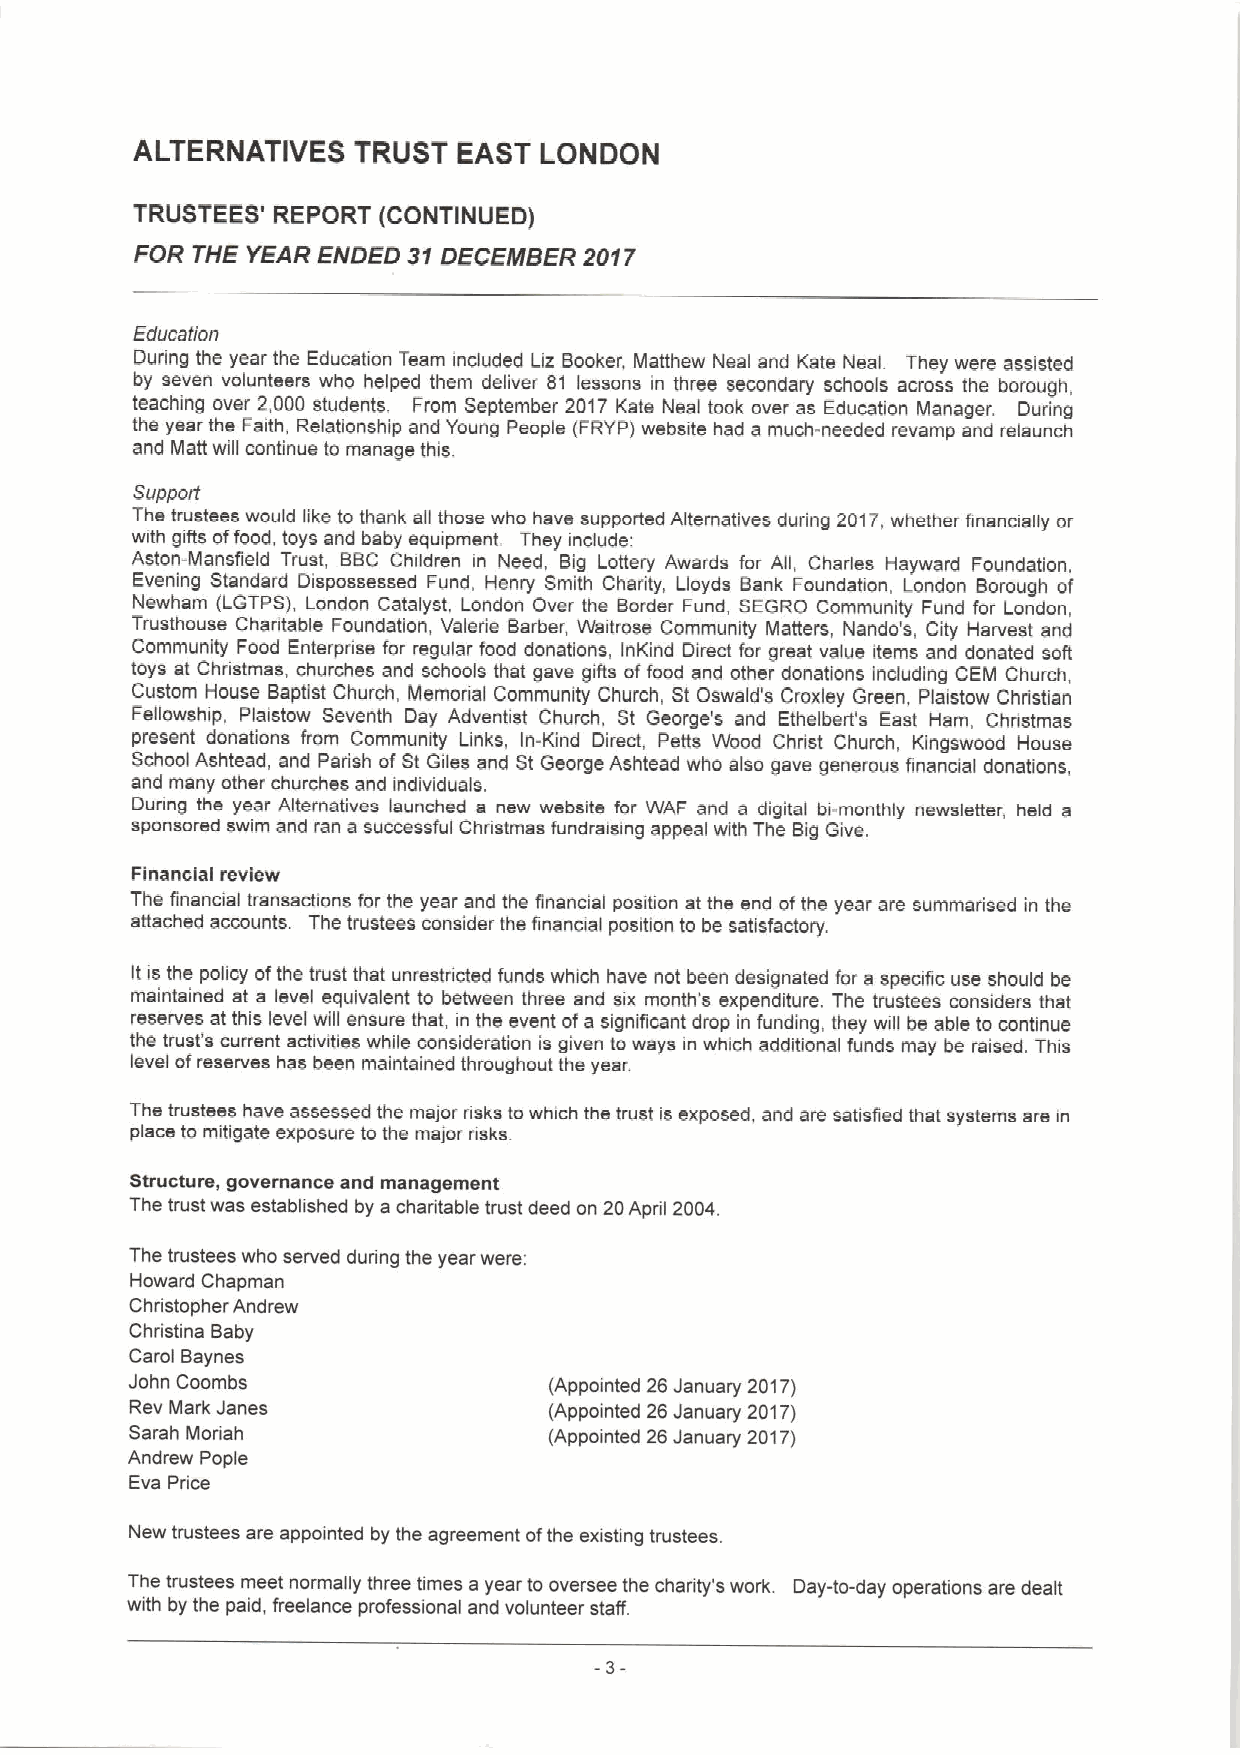
ALTERNATIVES  TRUST  EAST  LONDON
 TRUSTEES' REPORT (CONTINUED)
 FOR THE YEAR ENDED 31DECEIMBER 2017
 Education
 During the year the Education Team induded Liz Booker, Matthew Neal and Kate Neal. They were assisted
 by seven volunteers who helped them deliver 81 lessons in three secondary schools across the borough,
 teaching over 2,000 students, From September 2017 Kate Neal took over as Education Manager. During
 the year the Faith, Relationship and Young People (FRYP) website had a much-needed revamp and relaunch
 and Matt will continue to manage this
 Support
 The trustees would like to thank ell those who have supported Alternatives during 2017, whether financially or
 with gifts offood, toys and baby equipment. They indude:
 Aston-Mansfield Trust, BBC Children in Need, Big Lottery Awards far All, Charles Hayward Foundation,
 Evening Standard Dispossessed Fund, Henry Smith Charity, Llayds Bank Foundation, London Borough of
 Newham (LGTPS), London Catalyst, London Over the Border Fund, SEGRO Community Fund for London,
 Trusthouse Charitable Foundation, Valerie Barber, Waitrose Community Matters, Nando's, City Harvest and
 Community Food Enterprise for regular food donations, InKind Direct far great value items and donated soft
 toys a1 Christmas, churches and schools that gave giRs offood and other donations induding CEM Church,
 Custom House Baptist Church, Memorial Community Church, St Oswald's Croxiey Green, Plaistow Christian
 Fellowship, Plaistow Seventh Day Adventist Church, St George's and Ethelbert's East Ham, Christmas
 present donations from Community Links, In-Kind Direct, Patte Wood Christ Church, Kingswood House
 School Ashtead, and Parish ofSt Giles and St George Ashtead who eisa gave generous financial donations,
 and many other churches and individuals.
 During the year Alternatives launched a new website for WAF and e digital bi-monthly newsletter, held a
 sponsored swim and ran a successful Chnstmas fundraising appeal with The Big Give.
 Financial review
 The financial transactions for the year and the ffnancial pasitian at the end ofthe year are sumrnarised in the
 attached accounts. The trustees consider the financial position to be satisfactory.
 It is the policy ofthe trust that unrestncted funds which have not been designated for a specific use should be
 maintained at a level equivalent to between three and six month's expenditure. The trustees considers that
 reserves at this level will ensure that, in the event ofa significant drop in funding, they will be able to continue
 the trust's current activities while consideratian is given to ways in which additional funds may be raised. This
 level ofreserves has been maintained throughout the year.
 The trustees have assessed the major asks ta which the trust is exposed, and are satisfied that systems are in
 place to mitigate exposure ta the major nsks
 Structure, governance and management
 The trust was established by a charitable trust deed on 20April 2004.
 The trustees who served during the year were:
 Howard Chapman
 Christopher Andrew
 Christina Baby
 Carol Baynes
 John Coombs                (Appointed 26 January 2017)
 Rev Mark Janes             (Appointed 26January 2017)
 Sarah Moriah               (Appointed 26January 2017)
 Andrew Pople
 Eva Price
 New trustees are appointed by the agreement ofthe existing trustees.
 The trustees meet normally three times a year to oversee the charity's work. Day-to-day operations are dealt
 with by the paid, freelance professional and volunteer staff.